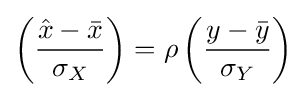
\left({\frac {{\hat {x}}-{\bar {x}}}{\sigma _{X}}}\right)=\rho \left({\frac {y-{\bar {y}}}{\sigma _{Y}}}\right)